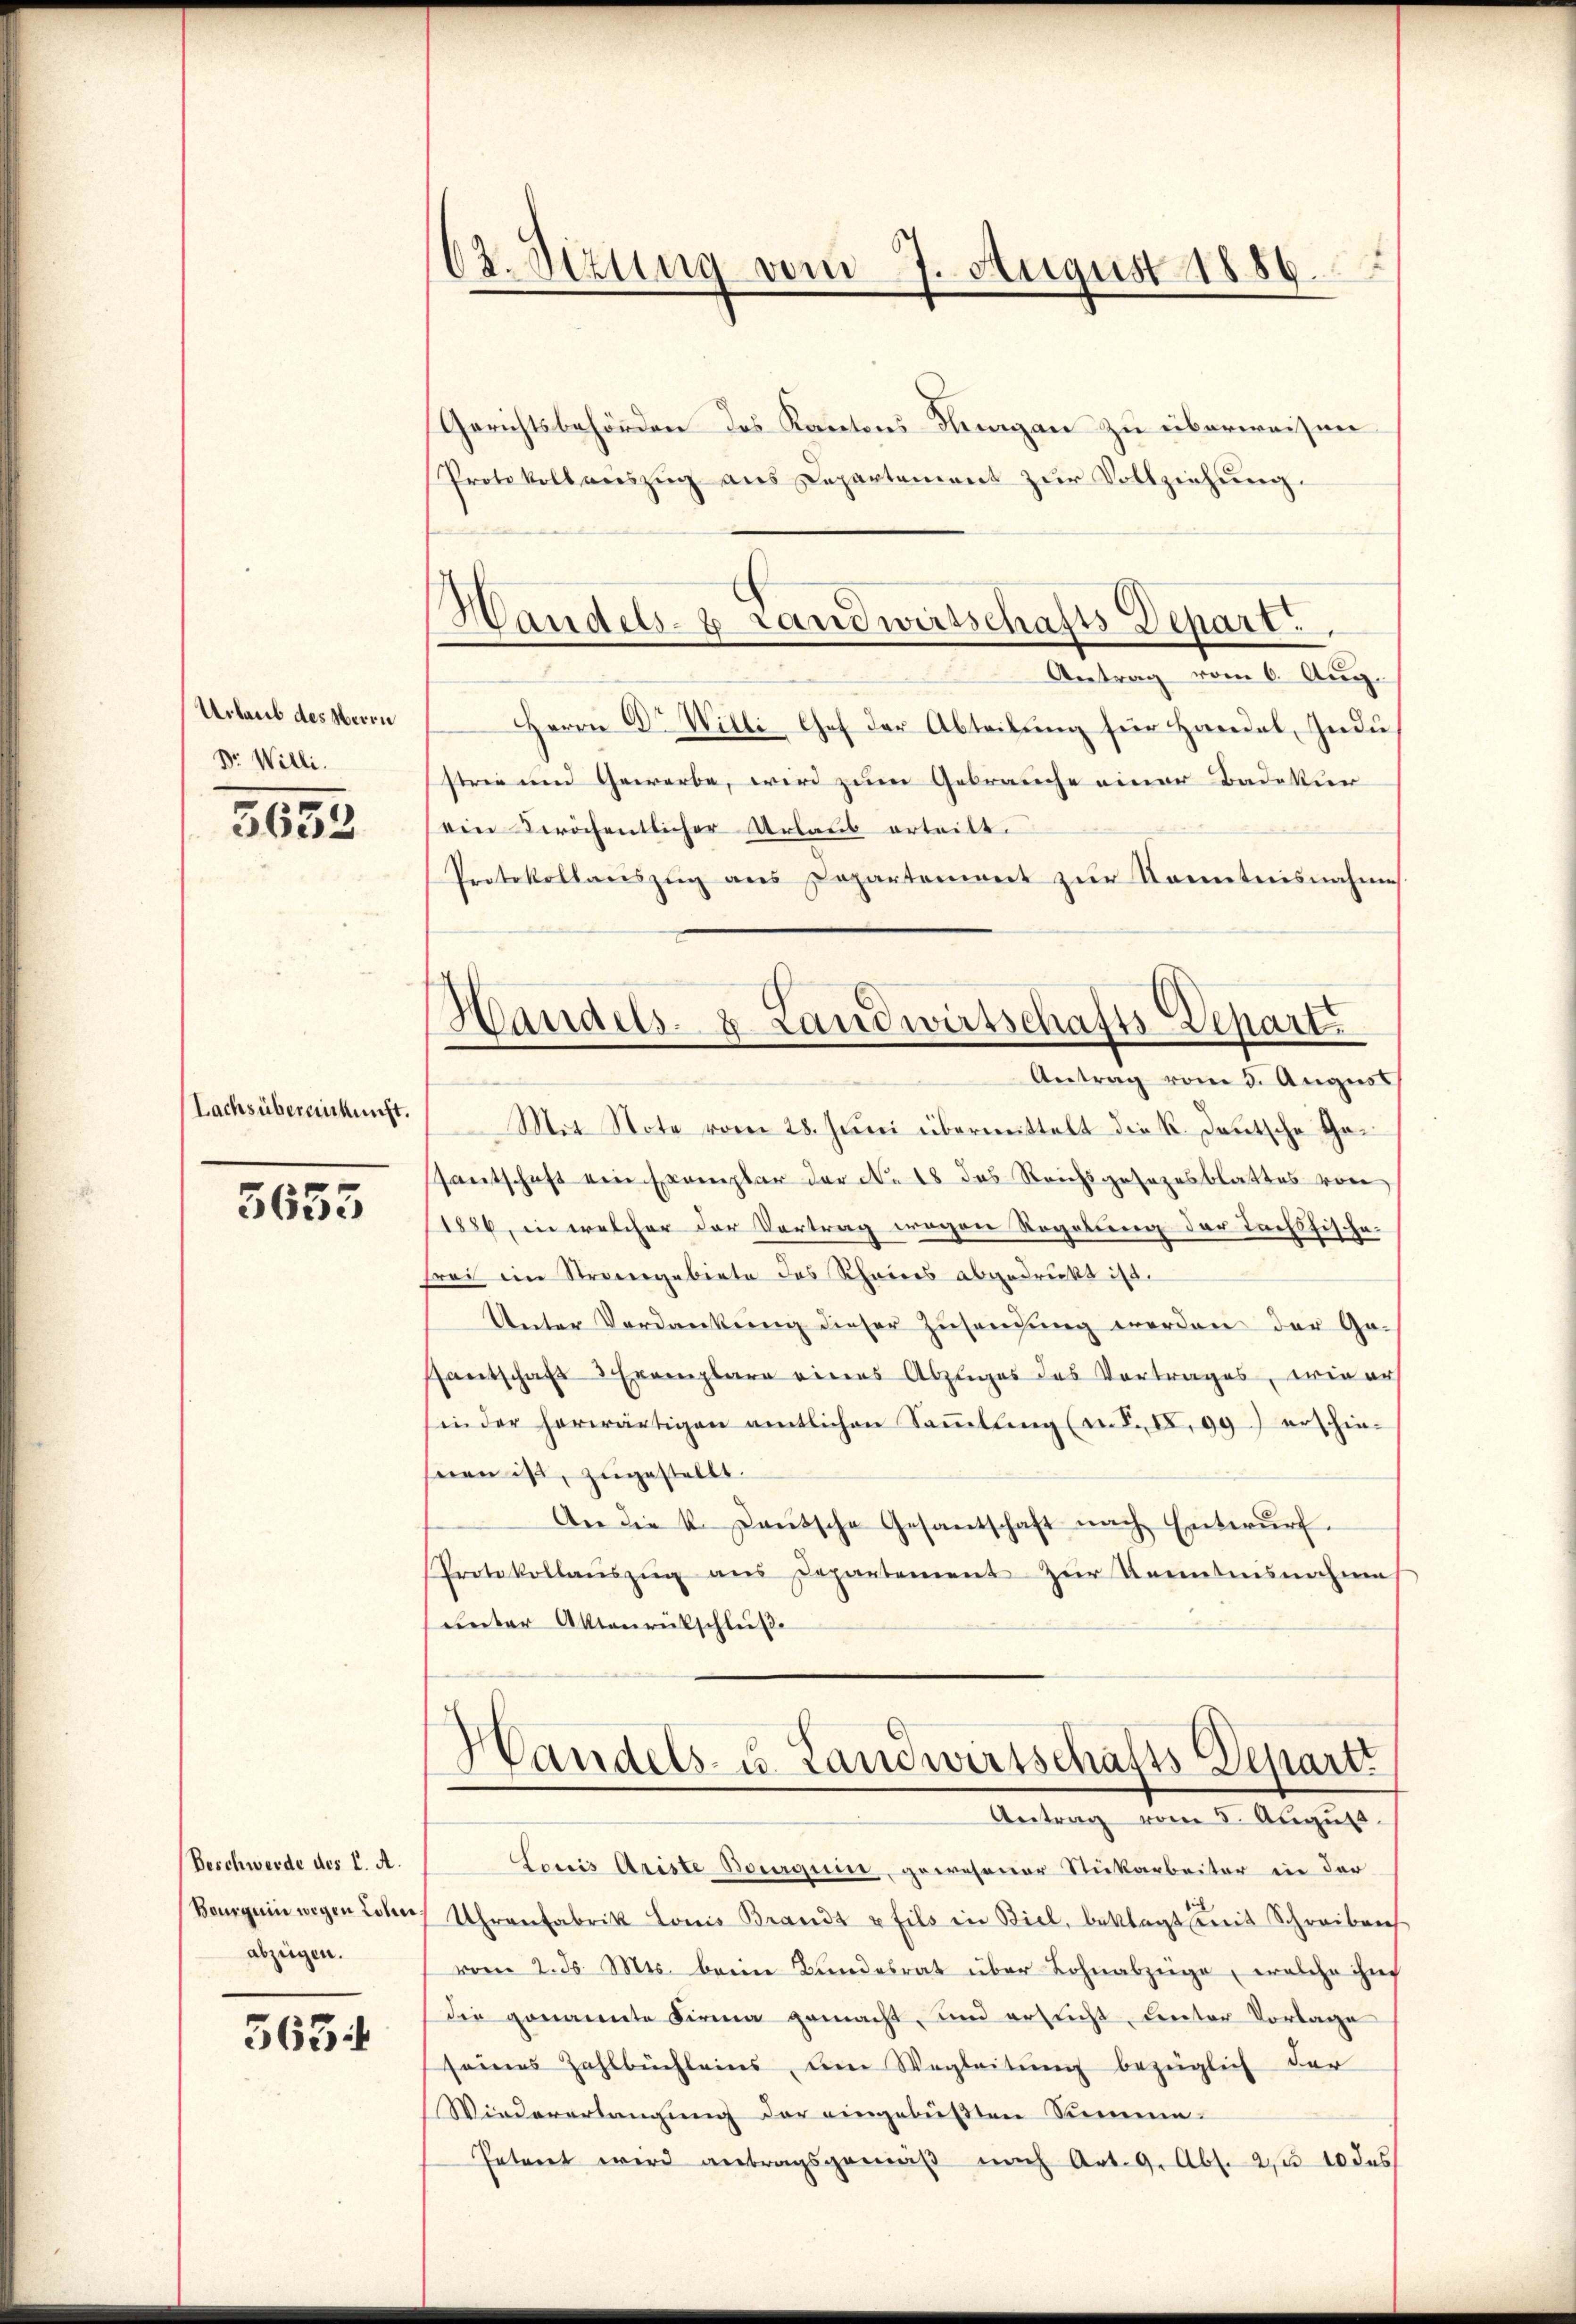
Urbaris des Herrn
Dr. Willi.
5632

Lachsübereinkunft.

5635

Beschwerde des L. A.
Bourguin wegen Lohn.
abzügen.

563

62. Sizung vom 7. August 1889.

Handels- & Landwirtschafts Depart

Handels. 8. Landwirtschafts-Depart.

Gerichtsbehörden des Kantons-Klagen zu überweisen
Protokoll aŭszŭg ans Departement zŭr Vollziehŭng.
Antrag vom 6. Aug.
Herrn Dr Willi Gef der Abteilung für Handel, Indu
strie und Gewerbe, wird zum Gebrauche einer Badekur
ein Fröchentlicher Urlaub erteilt.
Protokollanszŭg ans Departement zŭr Kenntnisnahme
Antrag vom 3. Augus
Mit Note vom 28. Juni übermittelt die K. Deutsche Gesantschaft ein Exemplar der No 18 das Reichsgesetzesblattes von
1886, in welcher der Vertrag wegen Regelung der Tachsfische.
rei im Strangebiete des Scheines abgedrückt ist.
Unter Verdankŭng dieser Zusendung werden der Ge-
santschaft 3 Exemplare eines Abzuges des Vortrages, wie ers
sin der herwärtigen amtlichen Saṁlling (a. P. F. 99) erschie-
nen ist, zugestellt.
An die k. Laŭtsche Gesantschaft nach Entwŭrf.
Protokollaŭszŭg aŭs Departement zur Kenntnisnahme
unter Aktenrückschluße

Handels- u. Landwirtschafts-Departi

Antrag vom 5. August.
Louis Ariste Bourqui, gewesener Stuckarbeiter in der
Uhrenfabrik Louis Brandt u fils in Biel, beklagt mit Schreiben
vom 2. ds. Mts. beim Bundesrat über Lohnabzüge, welche ihn
die genannte Firma gemacht, und ersucht unter Vorlage
seines Zahlbüchleins, um Wegleitŭng bezüglich der
Wiedererlangung der eingebüßten Summe.
Petenet wird antragsgemäβ nach Art. 9. Abs. 2, 10 des